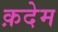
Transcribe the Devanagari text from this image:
क़देम